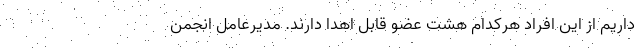
داریم از این افراد هرکدام هشت عضو قابل اهدا دارند. مدیرعامل انجمن